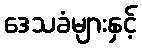
ဒေသခံများနှင့်